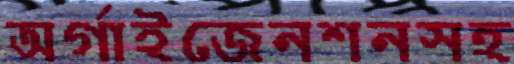
অর্গাইজেনশনসহ